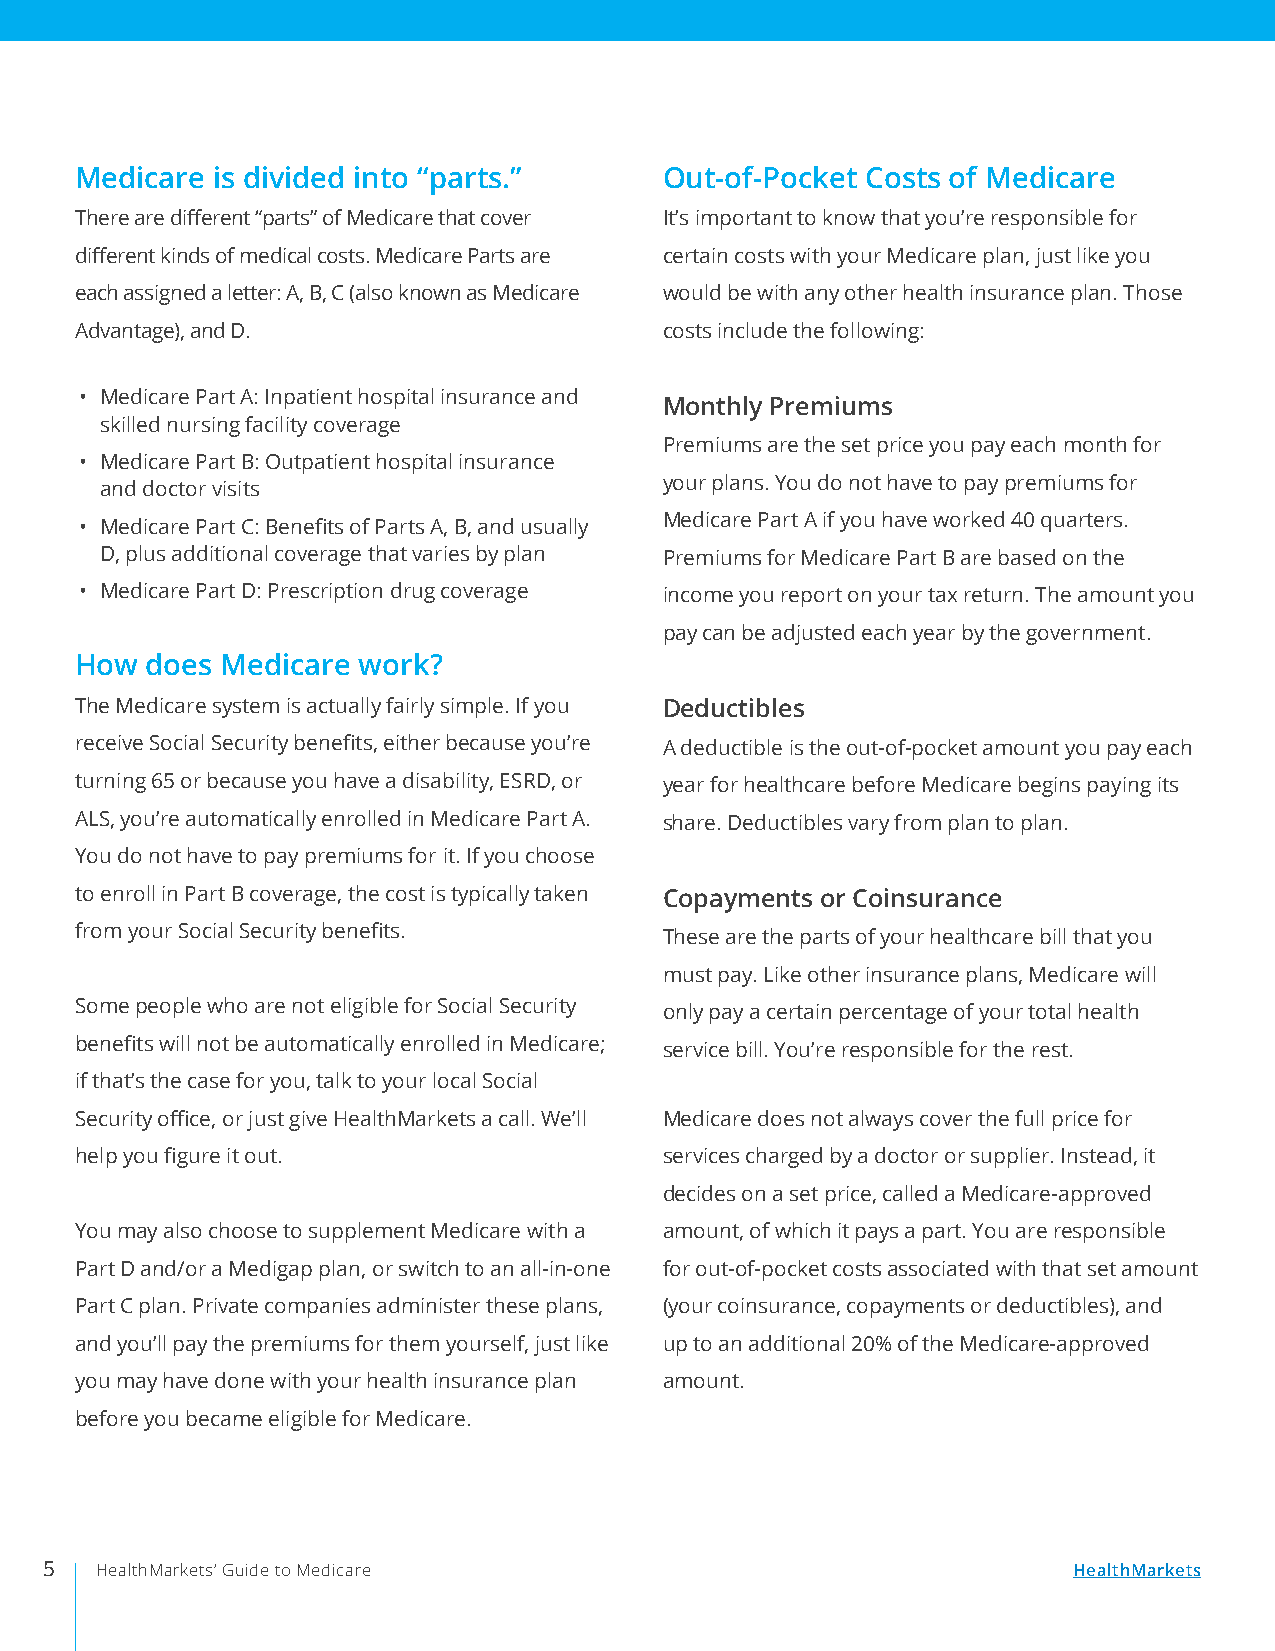
Medicare is divided into “parts.”      Out-of-Pocket Costs of Medicare
 There are different “parts” of Medicare that cover It’s important to know that you’re responsible for
 different kinds of medical costs. Medicare Parts are certain costs with your Medicare plan, just like you
 each assigned a letter: A, B, C (also known as Medicare would be with any other health insurance plan. Those
 Advantage), and D.                     costs include the following:
 • Medicare Part A: Inpatient hospital insurance and
 Monthly Premiums
 skilled nursing facility coverage
 Premiums are the set price you pay each month for
 • Medicare Part B: Outpatient hospital insurance
 and doctor visits                    your plans. You do not have to pay premiums for
 • Medicare Part C: Benefits of Parts A, B, and usually Medicare Part A if you have worked 40 quarters.
 D, plus additional coverage that varies by plan Premiums for Medicare Part B are based on the
 • Medicare Part D: Prescription drug coverage income you report on your tax return. The amount you
 pay can be adjusted each year by the government.
 How  does Medicare work?
 The Medicare system is actually fairly simple. If you Deductibles
 receive Social Security benefits, either because you’re A deductible is the out-of-pocket amount you pay each
 turning 65 or because you have a disability, ESRD, or year for healthcare before Medicare begins paying its
 ALS, you’re automatically enrolled in Medicare Part A. share. Deductibles vary from plan to plan.
 You do not have to pay premiums for it. If you choose
 to enroll in Part B coverage, the cost is typically taken Copayments or Coinsurance
 from your Social Security benefits.    These are the parts of your healthcare bill that you
 must pay. Like other insurance plans, Medicare will
 Some people who are not eligible for Social Security only pay a certain percentage of your total health
 benefits will not be automatically enrolled in Medicare; service bill. You’re responsible for the rest.
 if that’s the case for you, talk to your local Social
 Security office, or just give HealthMarkets a call. We’ll Medicare does not always cover the full price for
 help you figure it out.                services charged by a doctor or supplier. Instead, it
 decides on a set price, called a Medicare-approved
 You may also choose to supplement Medicare with a amount, of which it pays a part. You are responsible
 Part D and/or a Medigap plan, or switch to an all-in-one for out-of-pocket costs associated with that set amount
 Part C plan. Private companies administer these plans, (your coinsurance, copayments or deductibles), and
 and you’ll pay the premiums for them yourself, just like up to an additional 20% of the Medicare-approved
 you may have done with your health insurance plan amount.
 before you became eligible for Medicare.
 5  HealthMarkets’ Guide to Medicare                                 HealthMarkets